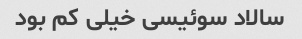
سالاد سوئیسی خیلی کم بود